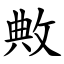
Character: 敟